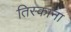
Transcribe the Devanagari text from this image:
तिस्कांना